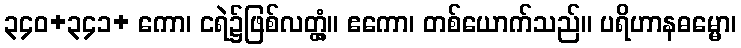
၃၄၀+၃၄၁+ ကော၊ ငရဲ၌ဖြစ်လတ္တံ့။ ဧကော၊ တစ်ယောက်သည်။ ပရိဟာနဓမ္မော၊